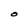
Character: O